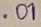
Text: .01